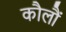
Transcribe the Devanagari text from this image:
कौलौं